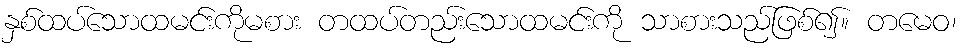
နှစ်ထပ်သောထမင်းကိုမစား တထပ်တည်းသောထမင်းကို သာစားသည်ဖြစ်၍။ တမေဝ၊